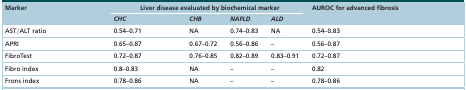
| Marker | <COLSPAN=4> Liver disease evaluated by biochemical marker | AUROC for advanced fibrosis |
 |  | CHC | CHB | NAFLD | ALD |  |
 | --- | --- | --- | --- | --- | --- |
 | AST/ALT ratio | 0.54–0.71 | NA | 0.74–0.83 | NA | 0.54–0.83 |
 | APRI | 0.65–0.87 | 0.67–0.72 | 0.56–0.86 | – | 0.56–0.87 |
 | FibroTest | 0.72–0.87 | 0.76–0.85 | 0.82–0.89 | 0.83–0.91 | 0.72–0.87 |
 | Fibro index | 0.8–0.83 | NA | – | – | 0.82 |
 | Frons index | 0.78–0.86 | NA | – | – | 0.78–0.86 |